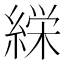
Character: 𮈰